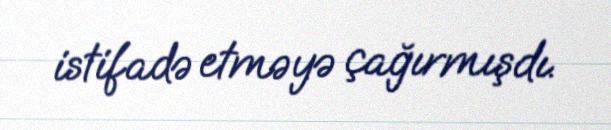
istifadə etməyə çağırmışdı.